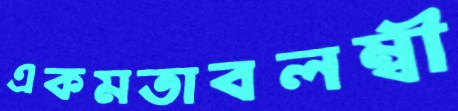
একমতাবলম্বী